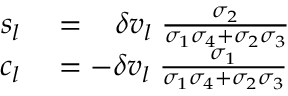
\begin{array} { r l } { s _ { l } } & { { } = \; \; \; \delta v _ { l } \; \frac { \sigma _ { 2 } } { \sigma _ { 1 } \sigma _ { 4 } + \sigma _ { 2 } \sigma _ { 3 } } } \\ { c _ { l } } & { { } = - \delta v _ { l } \; \frac { \sigma _ { 1 } } { \sigma _ { 1 } \sigma _ { 4 } + \sigma _ { 2 } \sigma _ { 3 } } } \end{array}